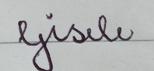
Signature authenticity: forged